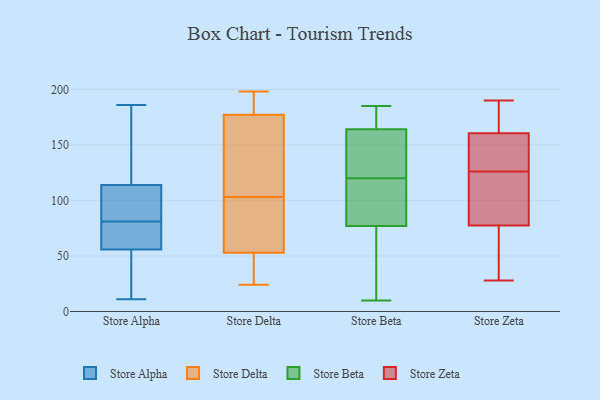
{"axis": {"x": "Customer Acquisition Cost (USD)", "y": "Value"}, "legend": ["Store Alpha", "Store Beta", "Store Delta", "Store Zeta"], "data": [{"x": "", "y": 54, "type": "Store Alpha"}, {"x": "", "y": 153, "type": "Store Alpha"}, {"x": "", "y": 77, "type": "Store Alpha"}, {"x": "", "y": 11, "type": "Store Alpha"}, {"x": "", "y": 81, "type": "Store Alpha"}, {"x": "", "y": 108, "type": "Store Alpha"}, {"x": "", "y": 42, "type": "Store Alpha"}, {"x": "", "y": 107, "type": "Store Alpha"}, {"x": "", "y": 116, "type": "Store Alpha"}, {"x": "", "y": 61, "type": "Store Alpha"}, {"x": "", "y": 186, "type": "Store Alpha"}, {"x": "", "y": 198, "type": "Store Delta"}, {"x": "", "y": 175, "type": "Store Delta"}, {"x": "", "y": 189, "type": "Store Delta"}, {"x": "", "y": 24, "type": "Store Delta"}, {"x": "", "y": 178, "type": "Store Delta"}, {"x": "", "y": 100, "type": "Store Delta"}, {"x": "", "y": 47, "type": "Store Delta"}, {"x": "", "y": 71, "type": "Store Delta"}, {"x": "", "y": 44, "type": "Store Delta"}, {"x": "", "y": 103, "type": "Store Delta"}, {"x": "", "y": 152, "type": "Store Delta"}, {"x": "", "y": 77, "type": "Store Beta"}, {"x": "", "y": 152, "type": "Store Beta"}, {"x": "", "y": 185, "type": "Store Beta"}, {"x": "", "y": 181, "type": "Store Beta"}, {"x": "", "y": 10, "type": "Store Beta"}, {"x": "", "y": 141, "type": "Store Beta"}, {"x": "", "y": 98, "type": "Store Beta"}, {"x": "", "y": 45, "type": "Store Beta"}, {"x": "", "y": 164, "type": "Store Beta"}, {"x": "", "y": 99, "type": "Store Beta"}, {"x": "", "y": 180, "type": "Store Zeta"}, {"x": "", "y": 117, "type": "Store Zeta"}, {"x": "", "y": 62, "type": "Store Zeta"}, {"x": "", "y": 129, "type": "Store Zeta"}, {"x": "", "y": 28, "type": "Store Zeta"}, {"x": "", "y": 166, "type": "Store Zeta"}, {"x": "", "y": 166, "type": "Store Zeta"}, {"x": "", "y": 181, "type": "Store Zeta"}, {"x": "", "y": 34, "type": "Store Zeta"}, {"x": "", "y": 120, "type": "Store Zeta"}, {"x": "", "y": 147, "type": "Store Zeta"}, {"x": "", "y": 190, "type": "Store Zeta"}, {"x": "", "y": 94, "type": "Store Zeta"}, {"x": "", "y": 80, "type": "Store Zeta"}, {"x": "", "y": 75, "type": "Store Zeta"}, {"x": "", "y": 123, "type": "Store Zeta"}, {"x": "", "y": 155, "type": "Store Zeta"}, {"x": "", "y": 75, "type": "Store Zeta"}, {"x": "", "y": 151, "type": "Store Zeta"}, {"x": "", "y": 138, "type": "Store Zeta"}]}